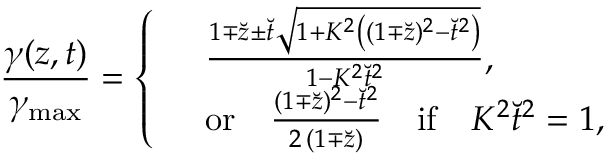
\frac { \gamma ( z , t ) } { \gamma _ { \operatorname* { m a x } } } = \left\lbrace \begin{array} { r l } & { \frac { 1 \mp \breve { z } \pm \breve { t } \sqrt { 1 + K ^ { 2 } \left( ( 1 \mp \breve { z } ) ^ { 2 } - \breve { t } ^ { 2 } \right) } } { 1 - K ^ { 2 } \breve { t } ^ { 2 } } , } \\ & { \mathrm { o r } \quad \frac { ( 1 \mp \breve { z } ) ^ { 2 } - \breve { t } ^ { 2 } } { 2 \, ( 1 \mp \breve { z } ) } \quad \mathrm { i f } \quad K ^ { 2 } \breve { t } ^ { 2 } = 1 , } \end{array} \right.